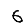
Digit: 6